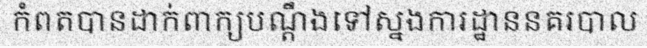
កំពតបានដាក់ពាក្យបណ្តឹងទៅស្នងការដ្ឋាននគរបាល